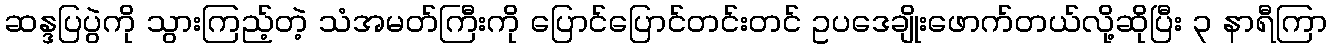
ဆန္ဒပြပွဲကို သွားကြည့်တဲ့ သံအမတ်ကြီးကို ပြောင်ပြောင်တင်းတင် ဥပဒေချိုးဖောက်တယ်လို့ဆိုပြီး ၃ နာရီကြာ